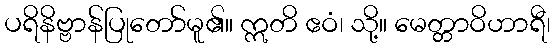
ပရိနိဗ္ဗာန်ပြုတော်မူ၏။ ဣတိ ဧဝံ၊ သို့။ မေတ္တာဝိဟာရီ၊